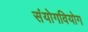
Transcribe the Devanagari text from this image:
संयोगवियोग